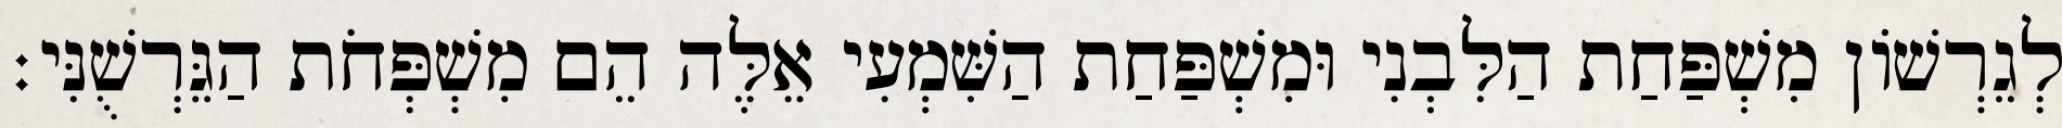
לְגֵרְשׁוֹן מִשְׁפַּחַת הַלִּבְנִי וּמִשְׁפַּחַת הַשִּׁמְעִי אֵלֶּה הֵם מִשְׁפְּחֹת הַגֵּרְשֻׁנִּי׃